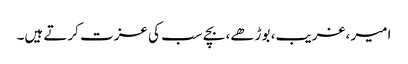
امیر ،غریب، بوڑھے، بچے سب کی عزت کرتے ہیں۔